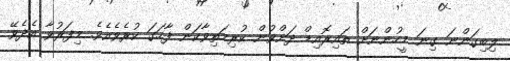
ލިބިގަންނަ ގިނަ މީހުންނަށް ތައިރޮއިޑް ދަށްވުން ކުރިމަތިވާކަން ފާހަގަ ކުރެވެއެވެ. މިފަރުވާ އެދެވޭ